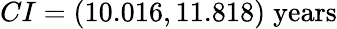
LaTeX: CI=(10.016,11.818)\; \textrm{years}